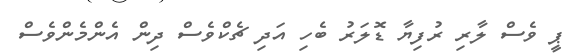
ޕީ ވެސް ލާރި ރުފިޔާ ޑޮލަރު ބެހި އަދި ޗެކްވެސް ދިން އެންމެންވެސް